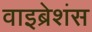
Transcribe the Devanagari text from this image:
वाइब्रेशंस